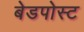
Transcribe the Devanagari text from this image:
बेडपोस्ट